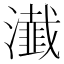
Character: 瀐